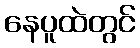
နေပူထဲတွင်